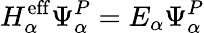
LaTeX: H_{\alpha}^{\mathrm{eff}}\Psi_{\alpha}^{P}=E_{\alpha}\Psi_{\alpha}^{P}